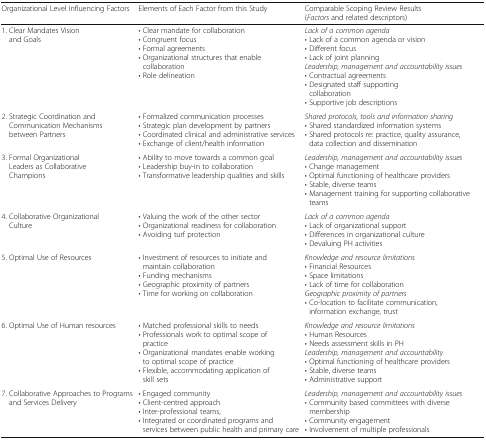
<table><thead><tr><td><b>Organizational Level Influencing Factors</b></td><td><b>Elements of Each Factor from this Study</b></td><td><b>Comparable Scoping Review Results(<i>Factors</i> and related descriptors)</b></td></tr></thead><tbody><tr><td>1. Clear Mandates Vision and Goals</td><td>• Clear mandate for collaboration• Congruent focus• Formal agreements• Organizational structures that enable collaboration• Role delineation</td><td><i>Lack of a common agenda</i>• Lack of a common agenda or vision• Different focus• Lack of joint planning<i>Leadership, management and accountability issues</i>• Contractual agreements• Designated staff supporting collaboration• Supportive job descriptions</td></tr><tr><td>2. Strategic Coordination and Communication Mechanisms between Partners</td><td>• Formalized communication processes• Strategic plan development by partners• Coordinated clinical and administrative services• Exchange of client/health information</td><td><i>Shared protocols, tools and information sharing</i>• Shared standardized information systems• Shared protocols re: practice, quality assurance, data collection and dissemination</td></tr><tr><td>3. Formal Organizational Leaders as Collaborative Champions</td><td>• Ability to move towards a common goal• Leadership buy-in to collaboration• Transformative leadership qualities and skills</td><td><i>Leadership, management and accountability issues</i>• Change management• Optimal functioning of healthcare providers• Stable, diverse teams• Management training for supporting collaborative teams</td></tr><tr><td>4. Collaborative Organizational Culture</td><td>• Valuing the work of the other sector• Organizational readiness for collaboration• Avoiding turf protection</td><td><i>Lack of a common agenda</i>• Lack of organizational support• Differences in organizational culture• Devaluing PH activities</td></tr><tr><td>5. Optimal Use of Resources</td><td>• Investment of resources to initiate and maintain collaboration• Funding mechanisms• Geographic proximity of partners• Time for working on collaboration</td><td><i>Knowledge and resource limitations</i>• Financial Resources• Space limitations• Lack of time for collaboration<i>Geographic proximity of partners</i>• Co-location to facilitate communication, information exchange, trust</td></tr><tr><td>6. Optimal Use of Human resources</td><td>• Matched professional skills to needs• Professionals work to optimal scope of practice• Organizational mandates enable working to optimal scope of practice• Flexible, accommodating application of skill sets</td><td><i>Knowledge and resource limitations</i>• Human Resources• Needs assessment skills in PH<i>Leadership, management and accountability</i>• Optimal functioning of healthcare providers• Stable, diverse teams• Administrative support</td></tr><tr><td>7. Collaborative Approaches to Programs and Services Delivery</td><td>• Engaged community• Client-centred approach• Inter-professional teams,• Integrated or coordinated programs and services between public health and primary care</td><td><i>Leadership, management and accountability issues</i>• Community based committees with diverse membership• Community engagement• Involvement of multiple professionals</td></tr></tbody></table>